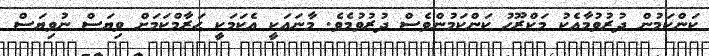
ކަންކަމުން ދުރުވުމާއެކު މަކްރޫހު ކަންކަމުންވެސް ދުރުވުމެވެ. މާނައަކީ އެކަމަކީ ޙަރާމްކަމަށް ވިޔަސް ނުވިޔަސް